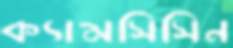
ক্যামসিসিন